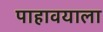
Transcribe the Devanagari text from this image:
पाहावयाला